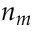
n _ { m }